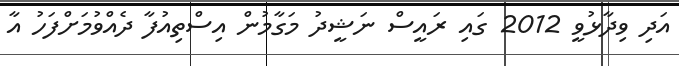
އަދި ވިދާޅުވީ 2012 ގައި ރައީސް ނަޝީދު މަގާމުން އިސްތިއުފާ ދެއްވުމަށްފަހު އާ